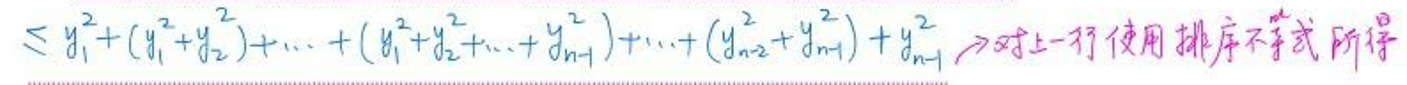
\[ y_1^2 + (y_1^2 + y_2^2) + \cdots + (y_1^2 + y_2^2 + \cdots + y_{n-1}^2) + (y_2^2 + y_n^2) + y_n^2 \]

\(\Rightarrow\)对上一行使用排序不等式所得